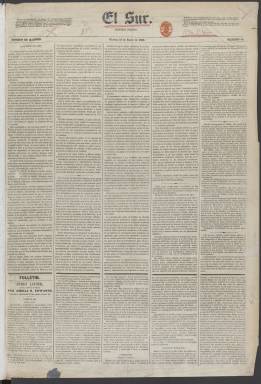
Título: El Sur (Madrid. 1855)
Colección: Periódicos
Ámbito geográfico: Madrid
Lugar de publicación: Madrid
Fechas: 11/01/1856-26/07/1856